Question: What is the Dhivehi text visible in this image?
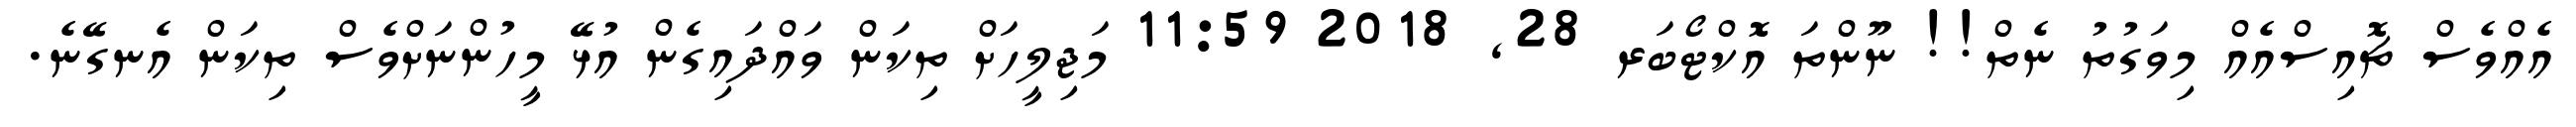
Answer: އެއްވެސް ޗޮއިސްއެއް މިވަގުތު ނެތް!! ނޫންތަ އޮކްޓޯބަރ 28, 2018 11:59 މަޖިލީހަށް ތިކަން ވައްދައިގެން އުޅޭ މީހުންނަށްވެސް ތިކަން އެނގޭނެ.